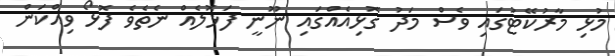
މުޅި މާރުކޭޓުގައި ވެސް މަދު ގޮޅިއެއްގައި ނޫނީ ފަޅޮލެއް ނެތެވެ ފޮޅޯ ވިއްކަން